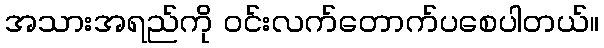
အသားအရည်ကို ဝင်းလက်တောက်ပစေပါတယ်။